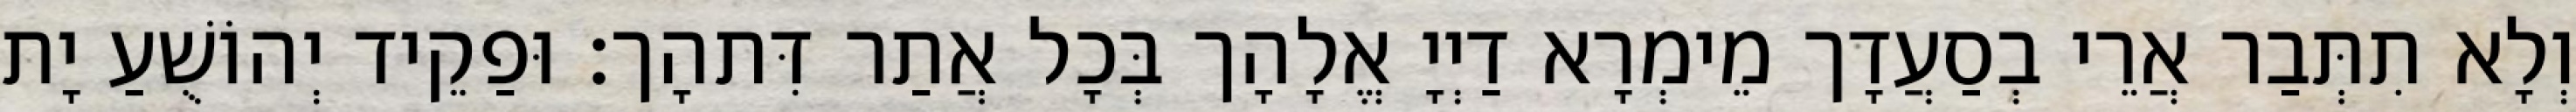
וְלָא תִתְּבַר אֲרֵי בְסַעֲדָך מֵימְרָא דַיְיָ אֱלָהָך בְּכָל אֲתַר דִּתהָך׃ וּפַקֵיד יְהוֹשֻׁעַ יָת